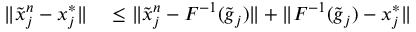
\begin{array} { r l } { \| \widetilde { \boldsymbol { x } } _ { j } ^ { n } - \boldsymbol { x } _ { j } ^ { * } \| } & { { } \le \| \widetilde { \boldsymbol { x } } _ { j } ^ { n } - \boldsymbol { F } ^ { - 1 } ( \widetilde { \boldsymbol { g } } _ { j } ) \| + \| \boldsymbol { F } ^ { - 1 } ( \widetilde { \boldsymbol { g } } _ { j } ) - \boldsymbol { x } _ { j } ^ { * } \| } \end{array}